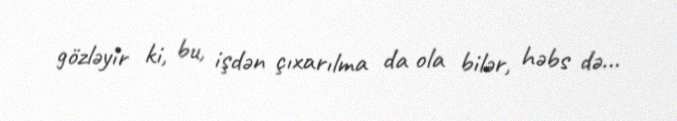
gözləyir ki, bu, işdən çıxarılma da ola bilər, həbs də...